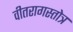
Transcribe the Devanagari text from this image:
वीतरागस्तोत्र